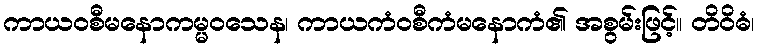
ကာယဝစီမနောကမ္မဝသေန၊ ကာယကံဝစီကံမနောကံ၏ အစွမ်းဖြင့်။ တိဝိဓံ၊